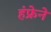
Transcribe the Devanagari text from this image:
हंफ्रेने